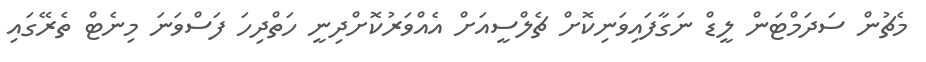
މެޗުން ސަދަމްޓަން ލީޑް ނަގާފައިވަނިކޮށް ޗެލްސީއަށް އެއްވަރުކޮށްދިނީ ހަތްދިހަ ފަސްވަނަ މިނެޓް ތެރޭގައި